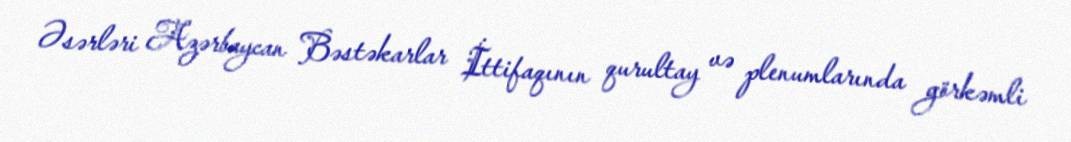
Əsərləri Azərbaycan Bəstəkarlar İttifaqının qurultay və plenumlarında görkəmli